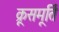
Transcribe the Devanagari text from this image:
क्रूसमूर्ति